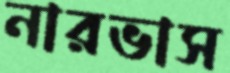
নারভাস